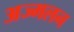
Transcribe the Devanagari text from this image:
अज्मलन